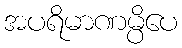
အပရိမာဏမ္ပိပေ